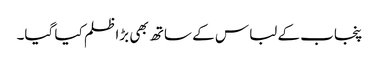
پنجاب کے لباس کے ساتھ بھی بڑا ظلم کیا گیا۔